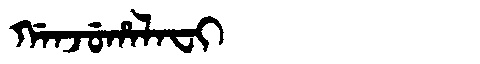
Manchu: ᡤᠠᠨᠵᡠᡥᠠᠯᠠᠸᡳ
Romanization: GANJUHALAFI